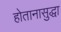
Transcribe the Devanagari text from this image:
होतानासुद्धा